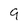
Character: 9